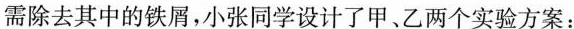
需除去其中的铁屑，小张同学设计了甲、乙两个实验方案：